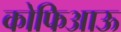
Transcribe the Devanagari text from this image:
कोफिआऊ